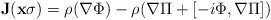
LaTeX: \begin{align*}{\bf{J}}({\bf{x}}\sigma) = \rho(\nabla\Phi) - \rho(\nabla\Pi + [-i\Phi,\nabla\Pi])\end{align*}